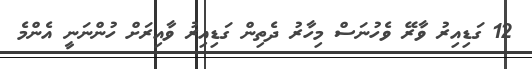
12 ގަޑިއިރު ވާރޭ ވެހުނަސް މިހާރު ދެތިން ގަޑިއިރު ވާއިރަށް ހުންނަނީ އެންމެ